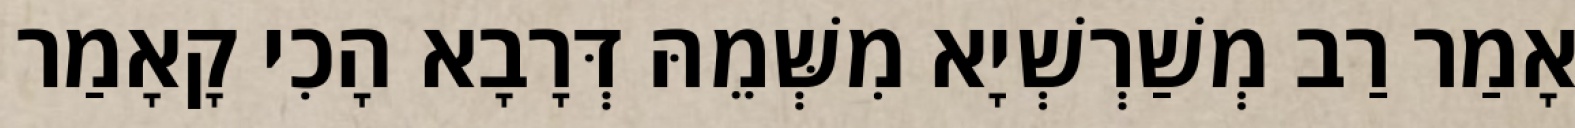
אָמַר רַב מְשַׁרְשְׁיָא מִשְּׁמֵהּ דְּרָבָא הָכִי קָאָמַר